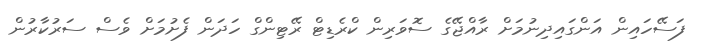
ފަސޭހައިން އަންގައިދިނުމަށް ރާއްޖޭގެ ސޮވަރިން ކްރެޑިޓް ރޭޓިންގް ހަދަން ފެށުމަށް ވެސް ސަރުކާރުން